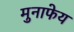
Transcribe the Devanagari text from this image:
मुनाफेय